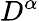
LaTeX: D^{\alpha}